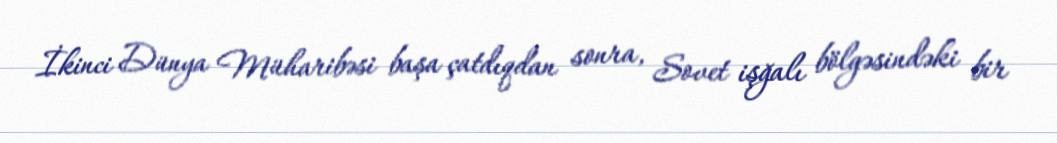
İkinci Dünya Müharibəsi başa çatdıqdan sonra, Sovet işğalı bölgəsindəki bir